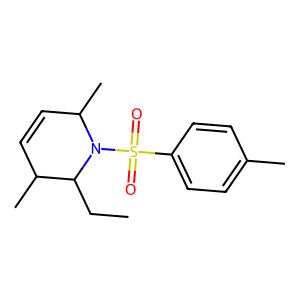
SMILES: CCC1C(C)C=CC(C)N1S(=O)(=O)c1ccc(C)cc1
Inhibits HIV replication: No